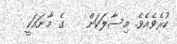
ކުރެވެއެވެ. މިސާލަކަށް    ގެ މާނައަކީ